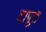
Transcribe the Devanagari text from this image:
टापूत